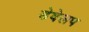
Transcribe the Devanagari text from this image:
डेवेलप